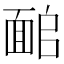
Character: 𩈜